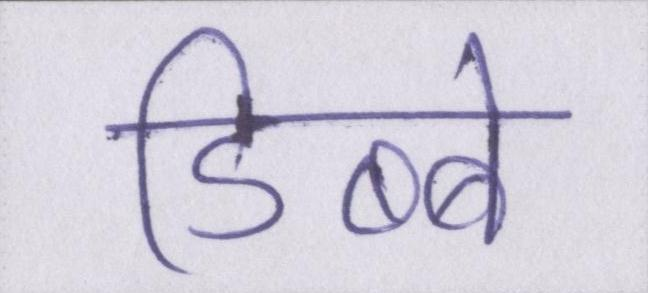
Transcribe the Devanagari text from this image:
डिब्बे